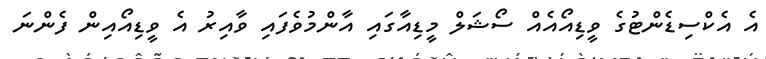
އެ އެކްސިޑެންޓުގެ ވީޑިއޯއެއް ސޯޝަލް މީޑިއާގައި އާންމުވެފައި ވާއިރު އެ ވީޑިއޯއިން ފެންނަ